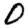
Digit: 0